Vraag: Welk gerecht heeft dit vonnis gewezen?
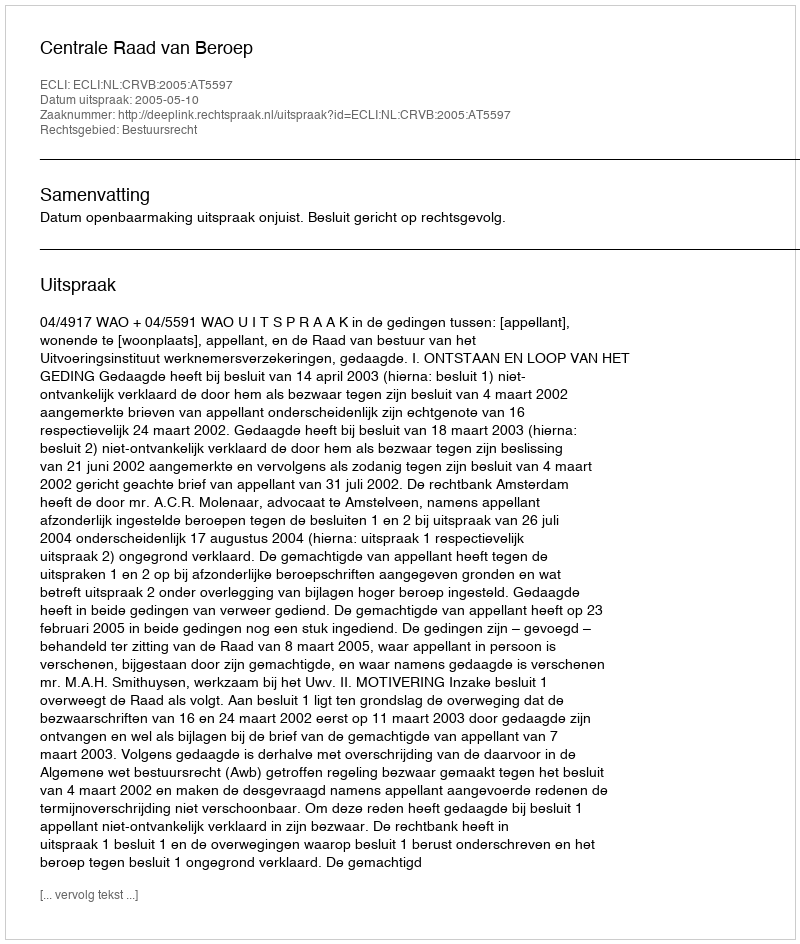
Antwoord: Centrale Raad van Beroep